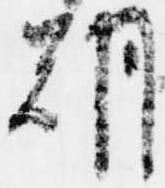
朝